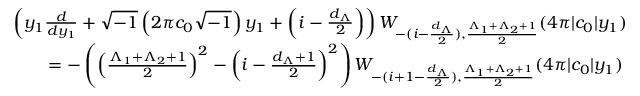
\begin{array} { r l } & { \left( y _ { 1 } \frac { d } { d y _ { 1 } } + \sqrt { - 1 } \left( 2 \pi c _ { 0 } \sqrt { - 1 } \right) y _ { 1 } + \left( i - \frac { d _ { \Lambda } } { 2 } \right) \right) W _ { - ( i - \frac { d _ { \Lambda } } { 2 } ) , \frac { \Lambda _ { 1 } + \Lambda _ { 2 } + 1 } { 2 } } ( 4 \pi | c _ { 0 } | y _ { 1 } ) } \\ & { \qquad = - \left( \left( \frac { \Lambda _ { 1 } + \Lambda _ { 2 } + 1 } { 2 } \right) ^ { 2 } - \left( i - \frac { d _ { \Lambda } + 1 } { 2 } \right) ^ { 2 } \right) W _ { - ( i + 1 - \frac { d _ { \Lambda } } { 2 } ) , \frac { \Lambda _ { 1 } + \Lambda _ { 2 } + 1 } { 2 } } ( 4 \pi | c _ { 0 } | y _ { 1 } ) } \end{array}